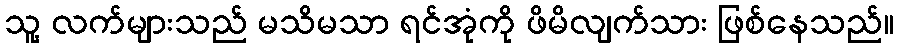
သူ့ လက်များသည် မသိမသာ ရင်အုံကို ဖိမိလျက်သား ဖြစ်နေသည်။